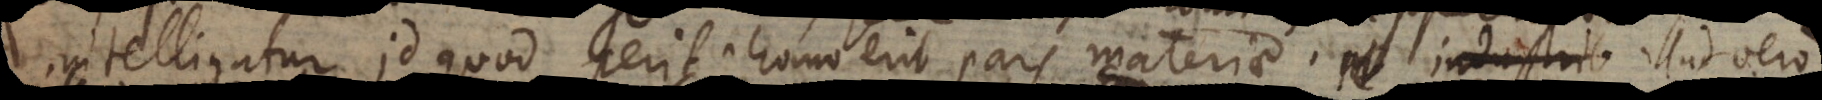
intelligatur id quod perit; homo erit pars materiae; illud ver